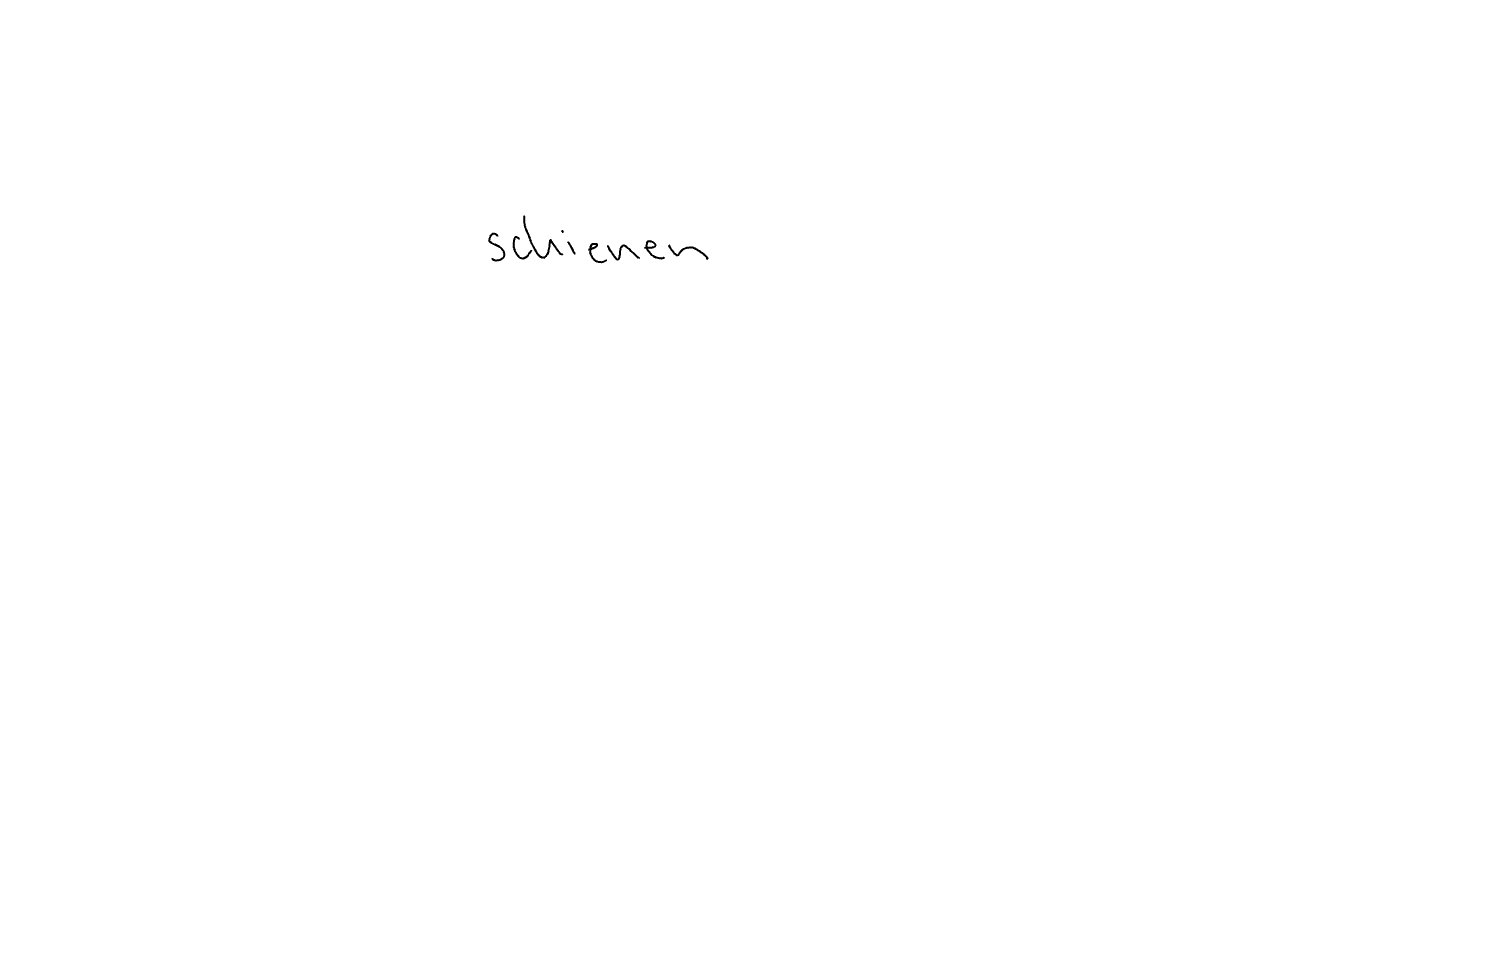
Text: schienen